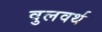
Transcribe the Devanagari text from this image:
वुलवर्थ